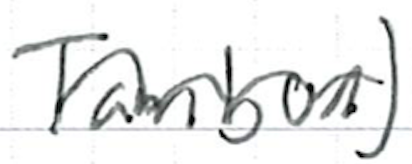
Text: Tambon).
Cross-out: wave
Writing tool: ballpoint